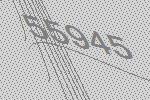
55945